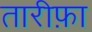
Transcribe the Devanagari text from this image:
तारीफ़ा